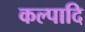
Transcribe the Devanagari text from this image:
कल्पादि